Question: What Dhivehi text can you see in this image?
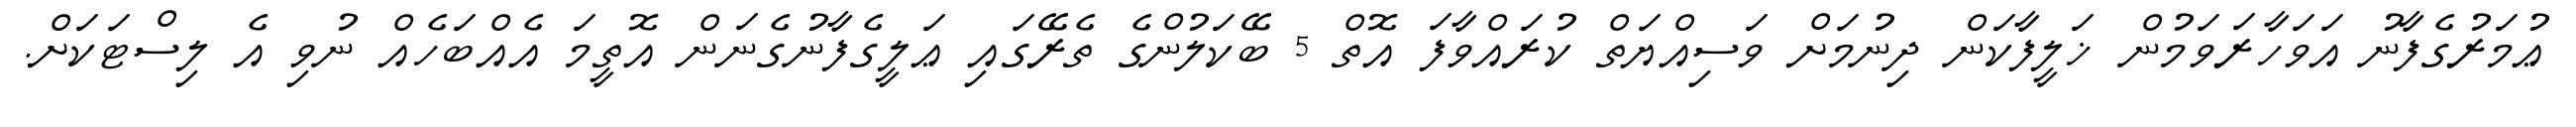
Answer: ޢުމަރުގެފާނު އަވަހާރަވަމުން ޚަލީފާކަން ދިނުމަށް ވަސިއްޔަތް ކުރައްވާފަ އޮތް 5 ބޭކަލުންގެ ތެރޭގައި ޢަލީގެފާނުގެނަން އޮތީމަ އެއްބަހެއް ނުވި އެ ލިސްޓަކަށް.